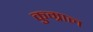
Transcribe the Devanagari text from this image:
कुम्राल